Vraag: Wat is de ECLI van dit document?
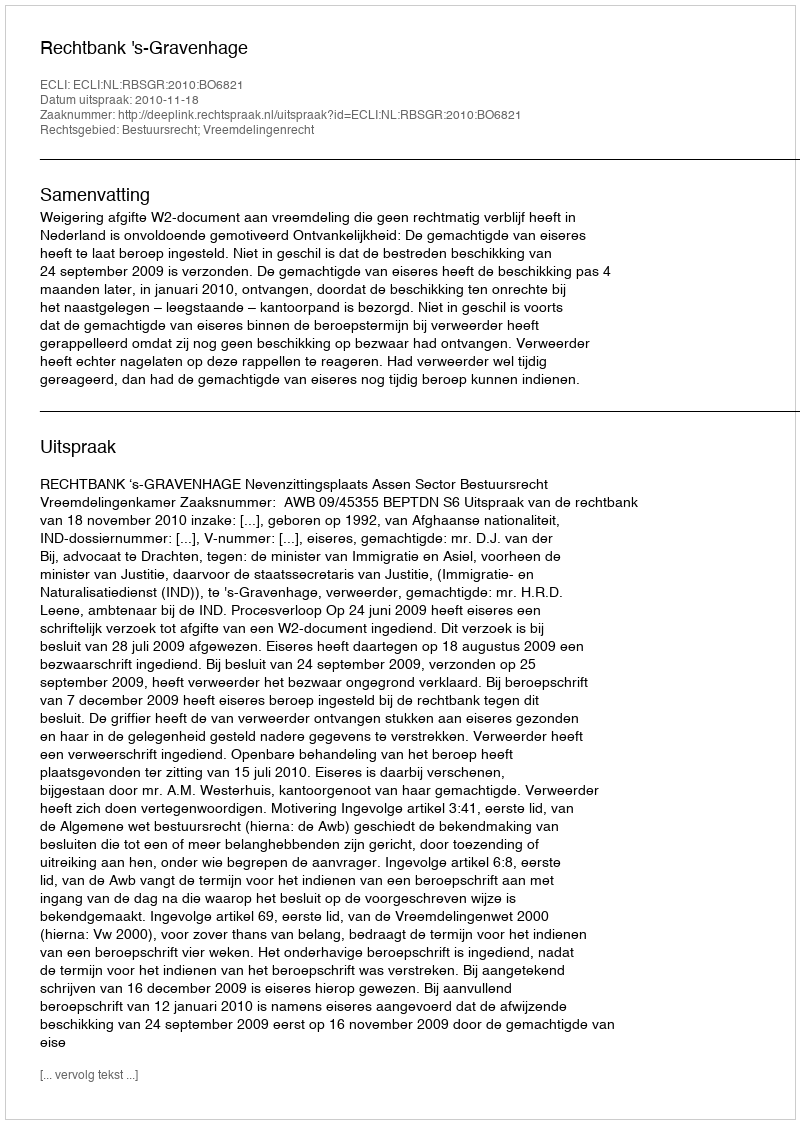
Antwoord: ECLI:NL:RBSGR:2010:BO6821